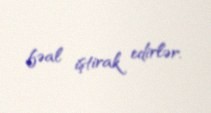
fəal iştirak edirlər.